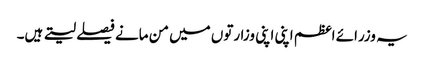
یہ وزرائے اعظم اپنی اپنی وزارتوں میں من مانے فیصلے لیتے ہیں۔